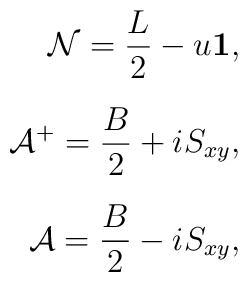
\begin{array}{rl}\displaystyle {\cal N}= \frac{L}{2}-u{\bf 1}, \\[0.2in]\displaystyle {\cal A}^+ = \frac{B}{2}+ i S_{xy},  \\[0.2in]\displaystyle {\cal A} = \frac{B}{2}- i S_{xy},\end{array}